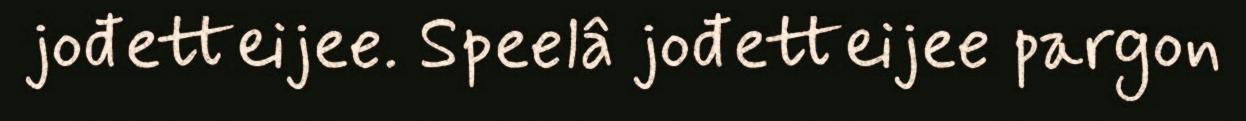
jođetteijee. Speelâ jođetteijee pargon